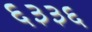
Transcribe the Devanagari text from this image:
६३३६